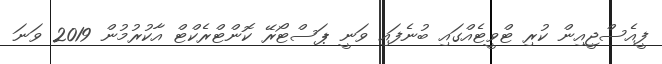
ފީއެސްޖީއިން ކުރި ޓްވީޓެއްގައި ބުނެފައި ވަނީ ޕަސްޓޯރޭ ކޮންޓްރެކްޓް އާކުރުމުން 2019 ވަނަ